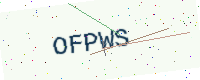
Text: OFPWS